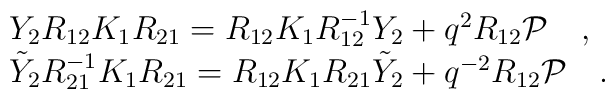
\begin{array}{l}Y_{2} R_{12} K_{1} R_{21} = R_{12} K_{1} R^{-1}_{12} Y_{2} + q^2R_{12}{\cal P} \quad, \\\tilde{Y}_{2} R_{21}^{-1} K_{1} R_{21} = R_{12} K_{1} R_{21} \tilde{Y}_{2}+ q^{-2} R_{12}{\cal P}\quad.\end{array}